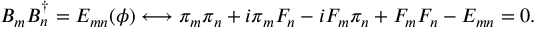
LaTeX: B _ { m } B _ { n } ^ { \dagger } = E _ { m n } ( \phi ) \longleftrightarrow \pi _ { m } \pi _ { n } + i \pi _ { m } F _ { n } - i F _ { m } \pi _ { n } + F _ { m } F _ { n } - E _ { m n } = 0 .